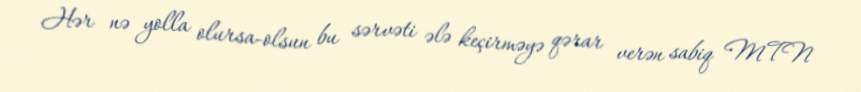
Hər nə yolla olursa-olsun bu sərvəti ələ keçirməyə qərar verən sabiq MTN